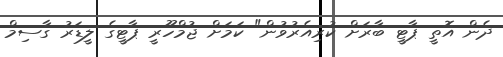
ދެން އޮތީ ޕާޓީ ބާރަށް ކުރިއެރުވުން" ކަމަަށް ޖުމްހޫރީ ޕާޓީގެ ލީޑަރު ގާސިމް